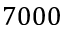
7 0 0 0